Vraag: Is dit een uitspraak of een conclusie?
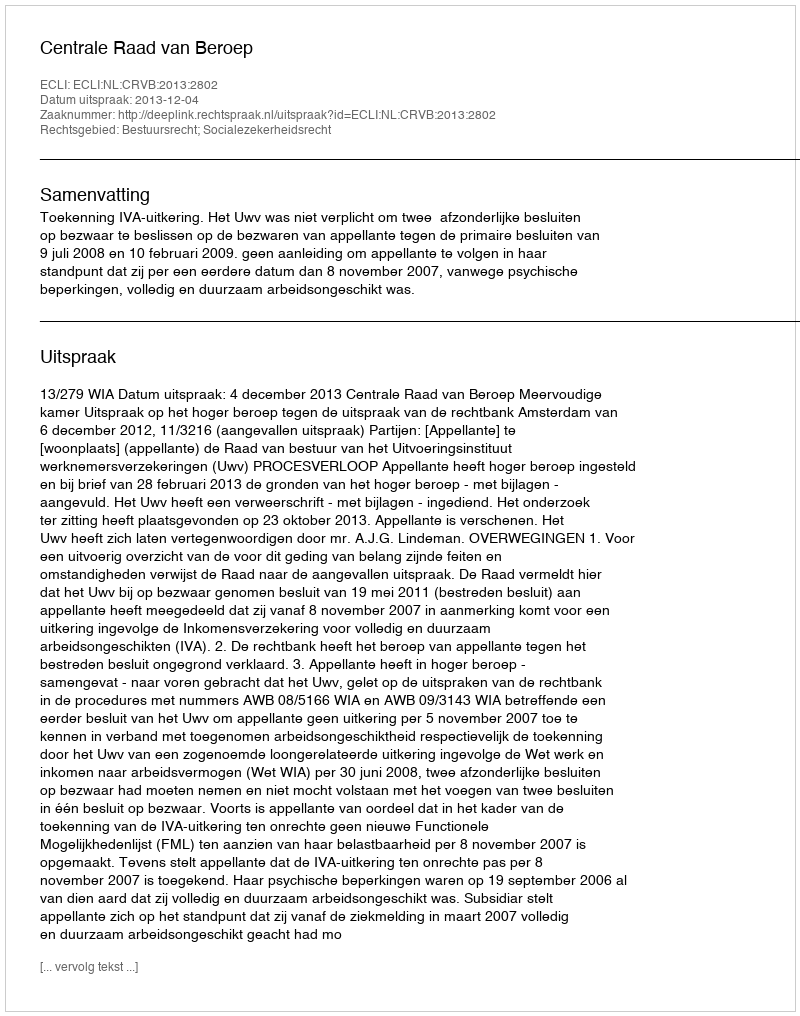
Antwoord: Uitspraak